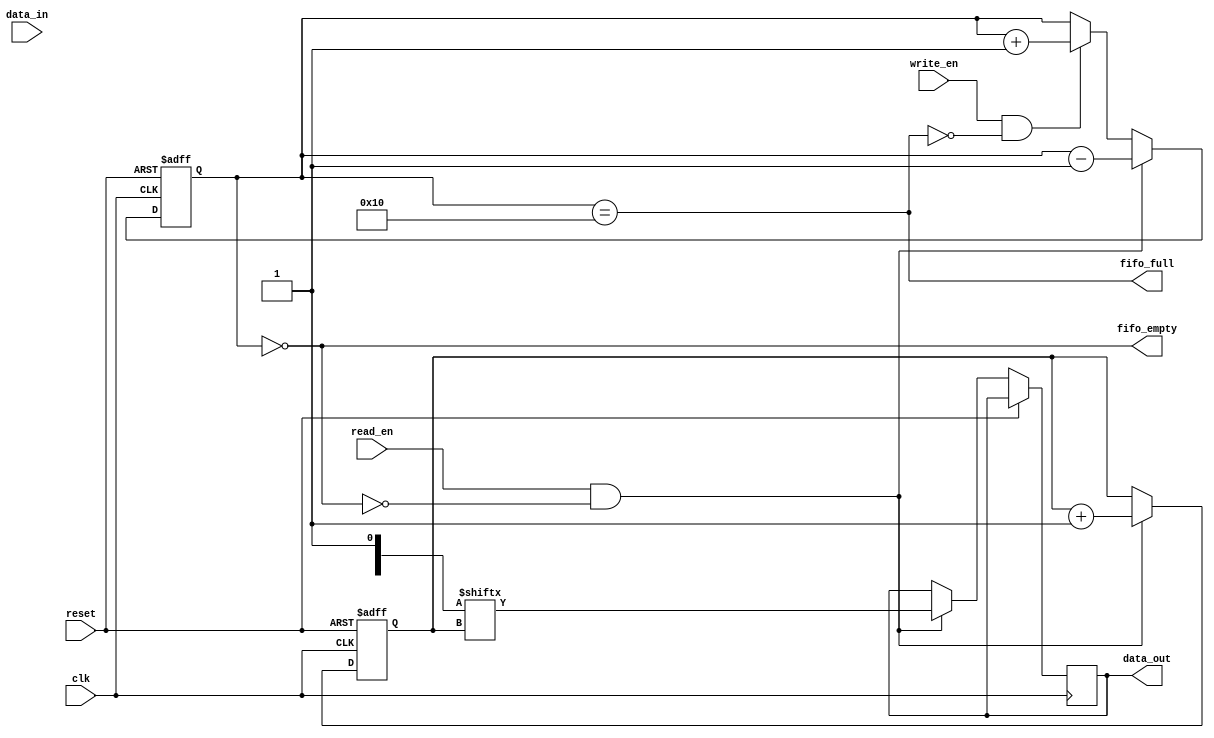
module bidirectional_fifo (
    input wire clk,
    input wire reset,
    input wire write_en,
    input wire read_en,
    input wire data_in,
    output wire data_out,
    output wire fifo_full,
    output wire fifo_empty
);

parameter FIFO_DEPTH = 16;

reg [FIFO_DEPTH-1:0] fifo_mem [0:1];
reg [4:0] write_ptr;
reg [4:0] read_ptr;
reg [4:0] fifo_count;

assign fifo_full = (fifo_count == FIFO_DEPTH);
assign fifo_empty = (fifo_count == 0);

always @ (posedge clk or posedge reset) begin
    if (reset) begin
        write_ptr <= 5'b00000;
        read_ptr <= 5'b00000;
        fifo_count <= 5'b00000;
    end else begin
        if (write_en && !fifo_full) begin
            fifo_mem[0][write_ptr] <= data_in;
            write_ptr <= write_ptr + 1;
            fifo_count <= fifo_count + 1;
        end
        
        if (read_en && !fifo_empty) begin
            data_out <= fifo_mem[1][read_ptr];
            read_ptr <= read_ptr + 1;
            fifo_count <= fifo_count - 1;
        end
    end
end

endmodule